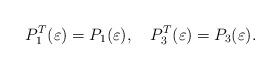
LaTeX: \begin{align*} P_{1}^{T}(\varepsilon )=P_{1}(\varepsilon ),\ \ \ P_{3}^{T}(\varepsilon)=P_{3}(\varepsilon ).\end{align*}